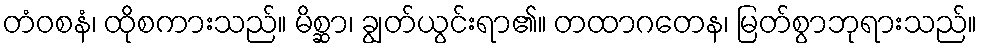
တံဝစနံ၊ ထိုစကားသည်။ မိစ္ဆာ၊ ချွတ်ယွင်းရာ၏။ တထာဂတေန၊ မြတ်စွာဘုရားသည်။